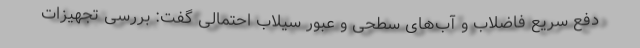
دفع سریع فاضلاب و آب‌های سطحی و عبور سیلاب احتمالی گفت: بررسی تجهیزات